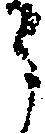
う